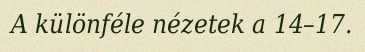
A különféle nézetek a 14–17.